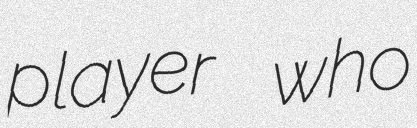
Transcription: player who